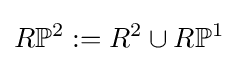
R\mathbb {P} ^{2}:=R^{2}\cup R\mathbb {P} ^{1}